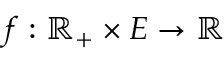
f : \mathbb { R } _ { + } \times E \to \mathbb { R }